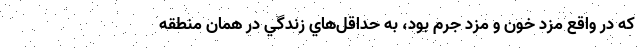
كه در واقع مزد خون و مزد جرم بود، به حداقل‌هاي زندگي در همان منطقه